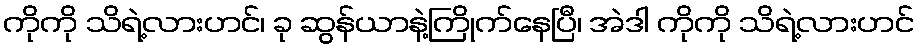
ကိုကို သိရဲ့လားဟင်၊ ခု ဆွန်ယာနဲ့ကြိုက်နေပြီ၊ အဲဒါ ကိုကို သိရဲ့လားဟင်